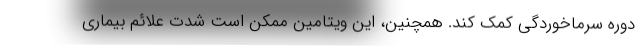
دوره سرماخوردگی کمک کند. همچنین، این ویتامین ممکن است شدت علائم بیماری